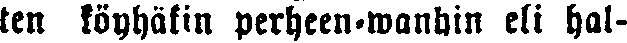
ten köyhäkin perheen-wanhin eli hal-